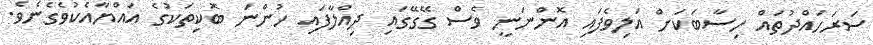
ސަރަހައްދުތައް ހިސާބަކަށް އަލިވެފައި އޮންނަނީ ވެސް ގޭގޭގައި ދިއްލާފައި ހުންނަ ބޮކިތަކުގެ އައްޔާއެކުވެގެނެވެ.